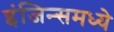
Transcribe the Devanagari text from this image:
इंजिन्समध्ये